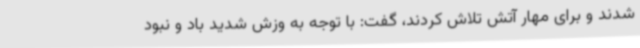
شدند و برای مهار آتش تلاش کردند، گفت: با توجه به وزش شدید باد و نبود